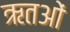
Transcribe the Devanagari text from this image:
ऋतओं